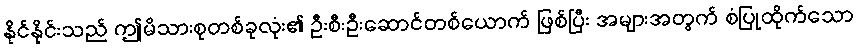
နိုင်နိုင်းသည် ဤမိသားစုတစ်ခုလုံး၏ ဦးစီးဦးဆောင်တစ်ယောက် ဖြစ်ပြီး အများအတွက် စံပြုထိုက်သော